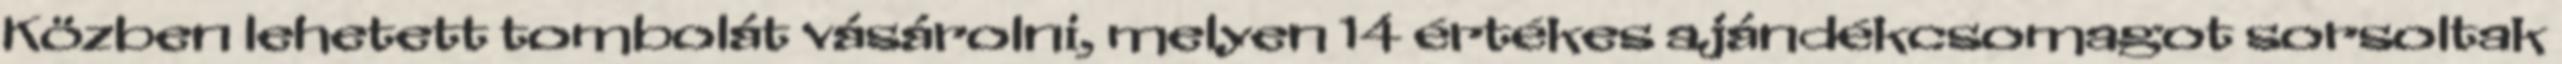
Közben lehetett tombolát vásárolni, melyen 14 értékes ajándékcsomagot sorsoltak